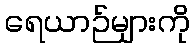
ရေယာဉ်များကို